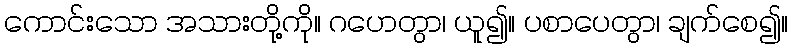
ကောင်းသော အသားတို့ကို။ ဂဟေတွာ၊ ယူ၍။ ပစာပေတွာ၊ ချက်စေ၍။